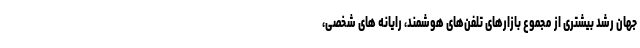
جهان رشد بیشتری از مجموع بازارهای تلفن‌های هوشمند، رایانه های شخصی،